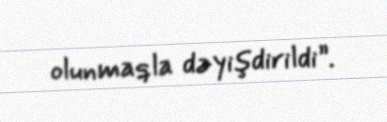
olunmaqla dəyişdirildi”.